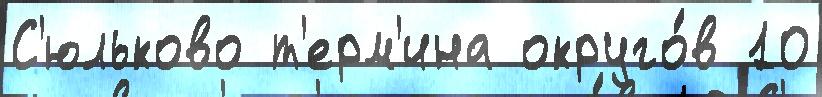
С'юльково т'ерм'ина округо́в 10